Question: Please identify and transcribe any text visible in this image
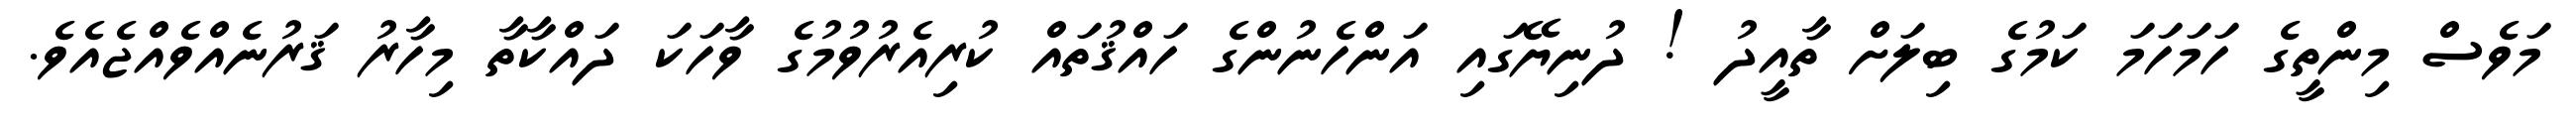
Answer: މަވެސް މިންތީގެ ހަމަހަމަ ކަމުގެ ބިލަށް ތާއީދު ! ދުނިޔޭގައި އަންހެނުންގެ ހައްޤުތައް ކުރިއެރުވުމުގެ ވާހަކަ ދައްކާތާ މިހާރު ޤަރުނެއްވެއްޖެއެވެ.